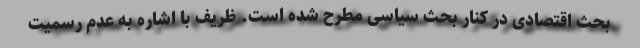
بحث اقتصادی در کنار بحث سیاسی مطرح شده است. ظریف با اشاره به عدم رسمیت